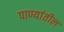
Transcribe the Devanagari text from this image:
पाण्यांतील